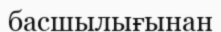
басшылығынан